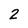
Character: 2